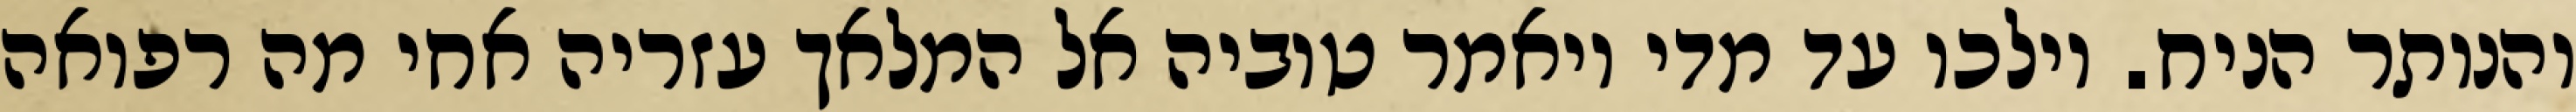
והנותר הניח. וילכו עד מדי ויאמר טוביה אל המלאך עזריה אחי מה רפואה